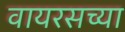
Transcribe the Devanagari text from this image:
वायरसच्या